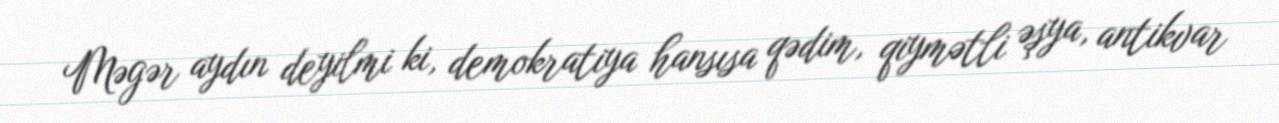
Məgər aydın deyilmi ki, demokratiya hansısa qədim, qiymətli əşya, antikvar